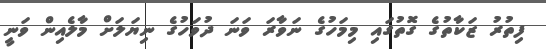
ފިތުރު ޒަކާތުގެ ގޮތުގައި މިމަހުގެ ނަވާރަ ވަނަ ދުވަހުގެ ނިޔަލަށް މާލެއިން ވަނީ